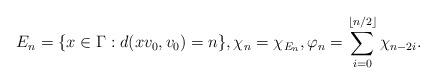
LaTeX: \begin{align*}E_n = \{x\in \Gamma: d(xv_0,v_0) =n\}, \chi_n = \chi_{E_n},\varphi_{n} =\sum_{i=0}^{\lfloor n/2\rfloor}\chi_{n-2i}.\end{align*}